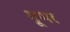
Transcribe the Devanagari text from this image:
मूप्पर